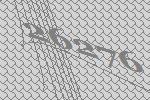
26276